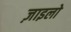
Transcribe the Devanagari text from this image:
ज़ाइलो